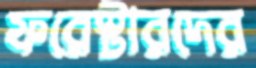
ফরেস্টারদের